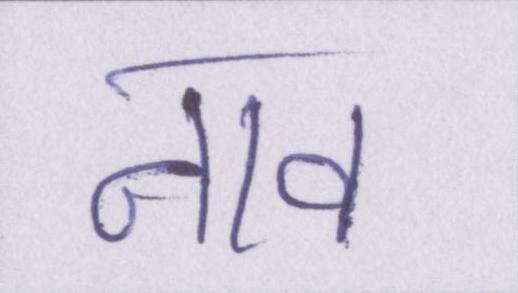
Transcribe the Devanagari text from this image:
नाव